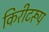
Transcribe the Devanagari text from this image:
किरीटरूप